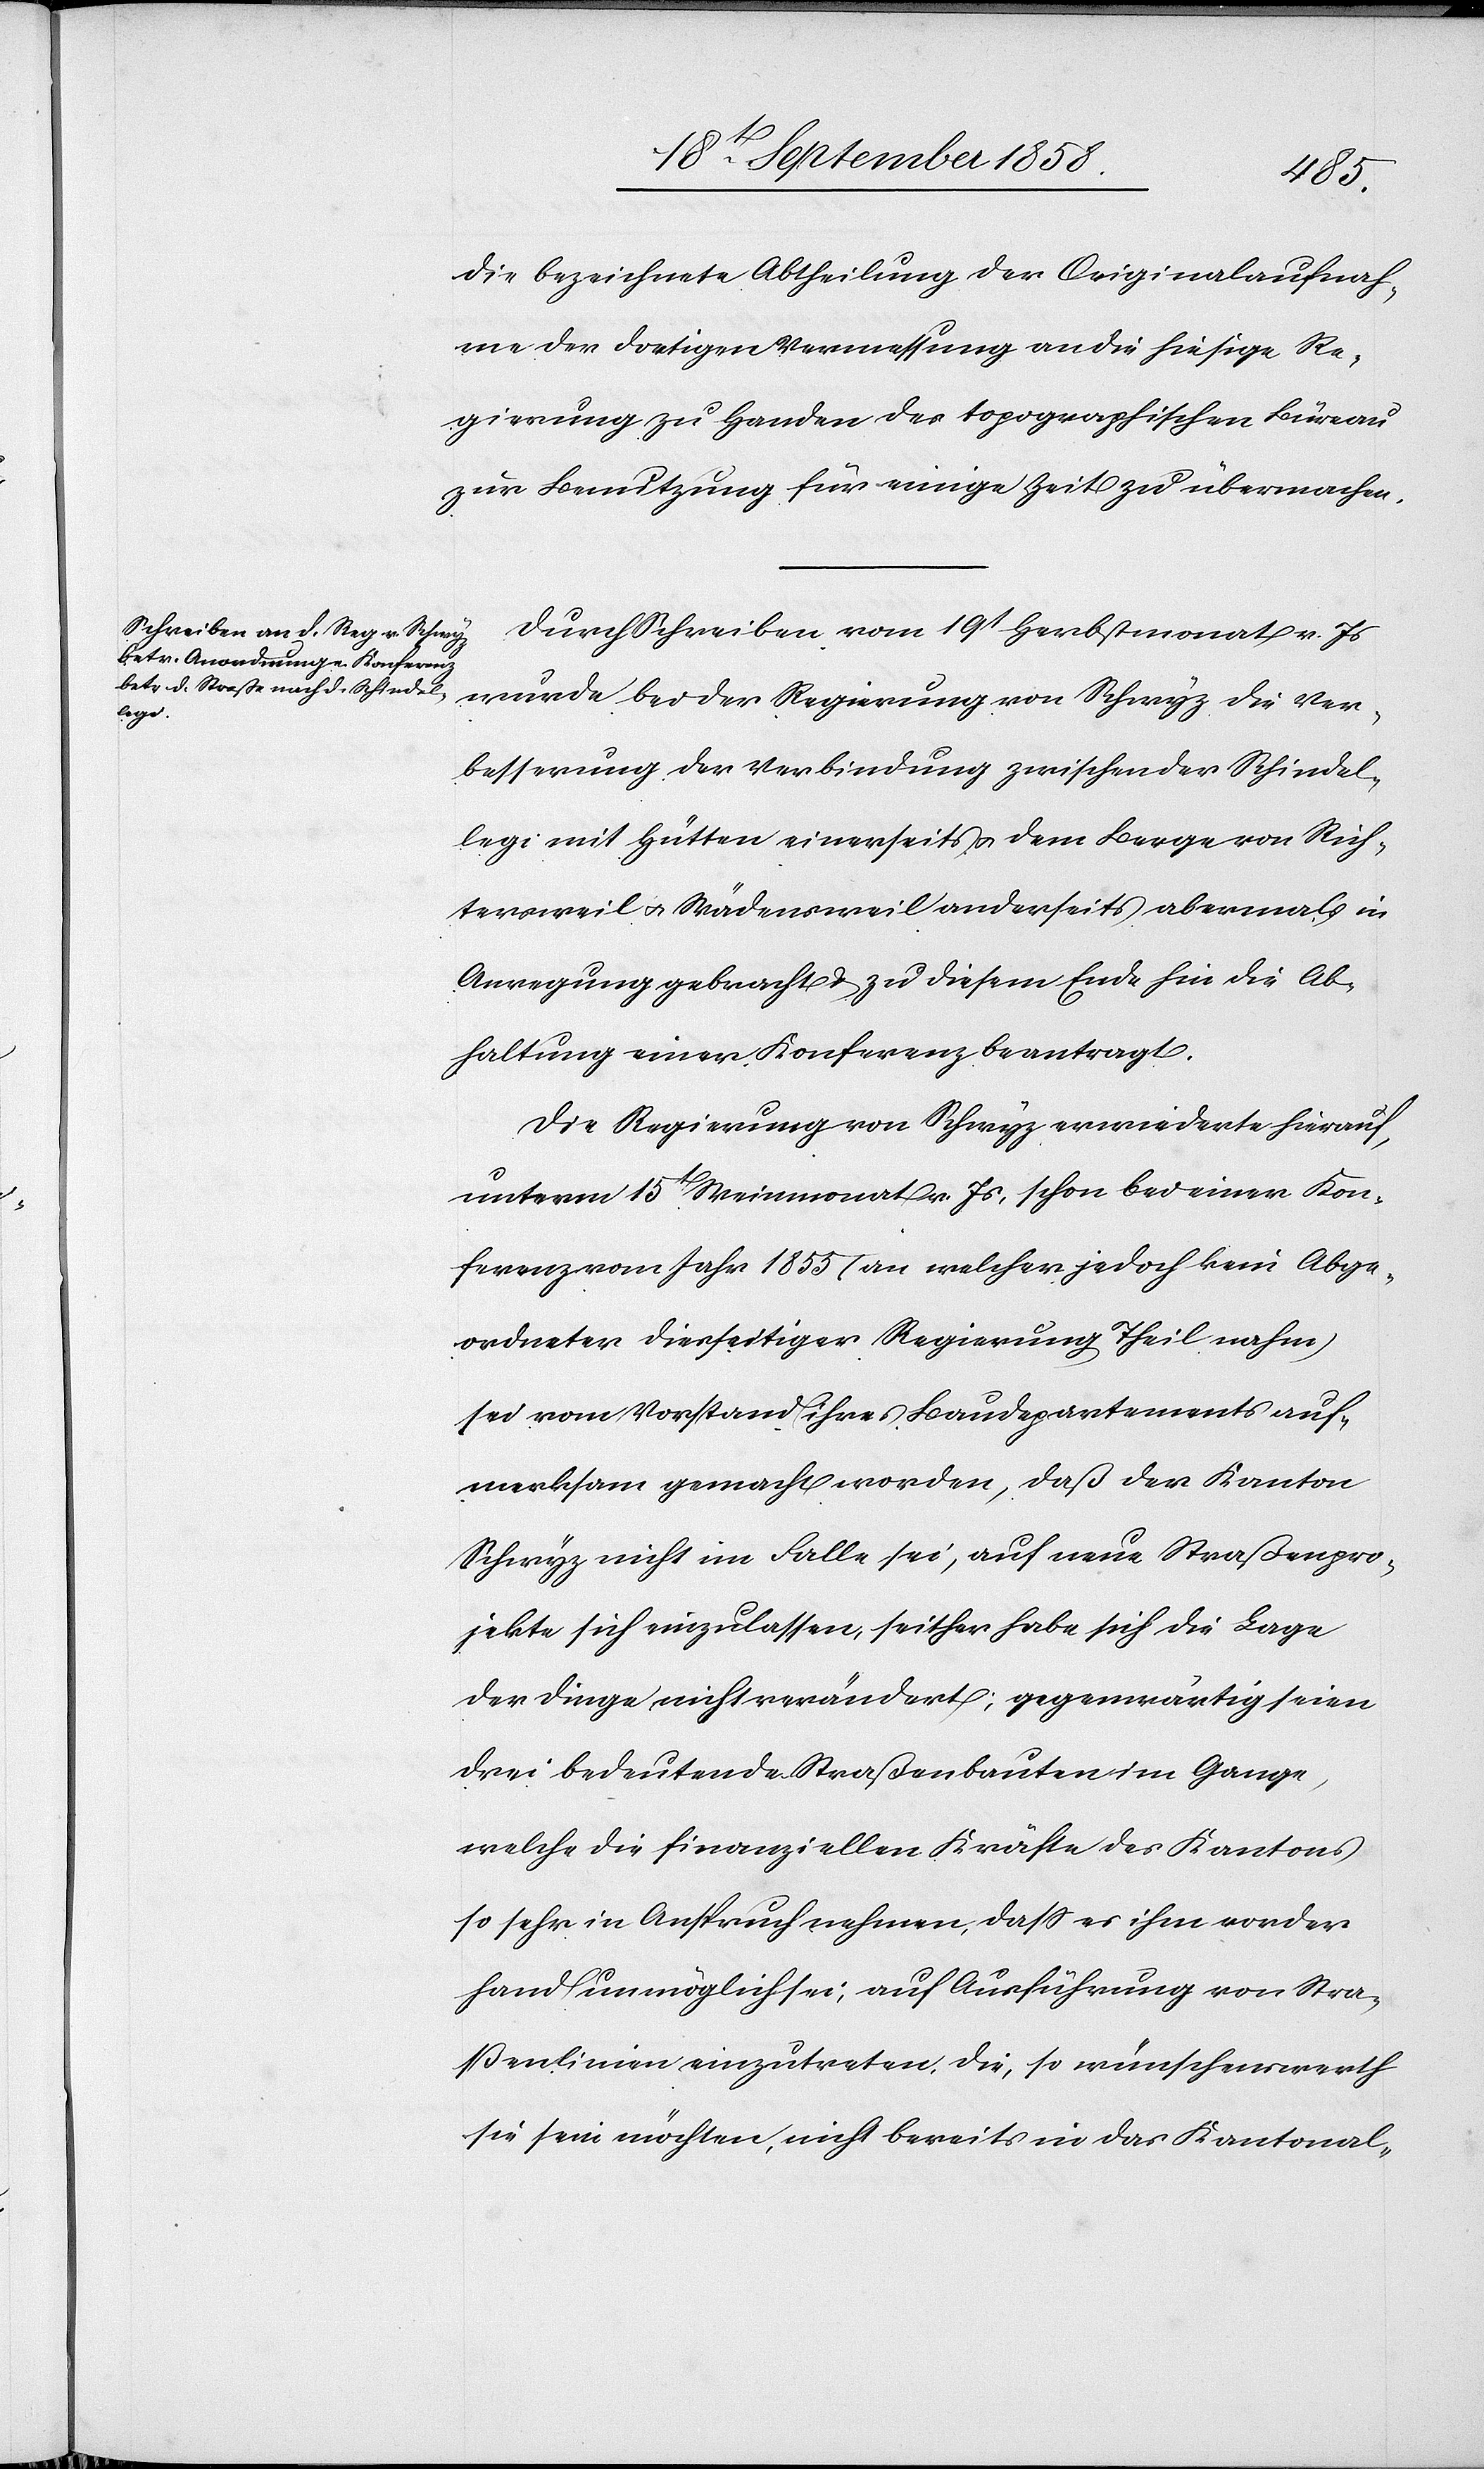
die bezeichnete Abtheilung der Originalaufnah¬
me der dortigen Vermessung an die hiesige Re¬
gierung zu Handen des topographischen Büreau
zur Benutzung für einige Zeit zu übermachen.
Durch Schreiben vom 19t Herbstmonat v. Js
wurde bei der Regierung von Schwyz die Ver¬
besserung der Verbindung zwischen der Schindel¬
legi mit Hütten einerseits & dem Berge von Rich¬
tersweil & Wädensweil anderseits abermals in
Anregung gebracht & zu diesem Ende hin die Ab¬
haltung einer Konferenz beantragt.
Die Regierung von Schwyz erwiederte hierauf,
unterm 15t Weinmonat v. Js, schon bei einer Kon¬
ferenz vom Jahr 1855 (an welcher jedoch kein Abge¬
ordneter diesseitiger Regierung Theil nahm)
sei vom Vorstand ihres Baudepartements auf¬
merksam gemacht worden, daß der Kanton
Schwyz nicht im Falle sei, auf neue Straßenpro¬
jekte sich einzulassen, seither habe sich die Lage
der Dinge nicht verändert; gegenwärtig seien
drei bedeutende Straßenbauten im Gange,
welche die finanziellen Kräfte des Kantons
so sehr in Anspruch nehmen, dass es ihm vorder¬
hand unmöglich sei, auf Ausführung von Stra¬
ßenlinien einzutreten, die, so wünschenswerth
sie sein möchten, nicht bereits in das Kantonal-